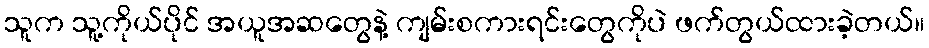
သူက သူ့ကိုယ်ပိုင် အယူအဆတွေနဲ့ ကျမ်းစကားရင်းတွေကိုပဲ ဖက်တွယ်ထားခဲ့တယ်။